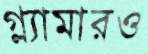
গ্ল্যামারও